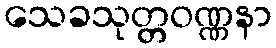
သေခသုတ္တဝဏ္ဏနာ